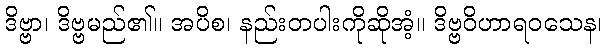
ဒိဗ္ဗာ၊ ဒိဗ္ဗမည်၏။ အပိစ၊ နည်းတပါးကိုဆိုအံ့။ ဒိဗ္ဗဝိဟာရဝသေန၊